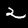
Label: 2